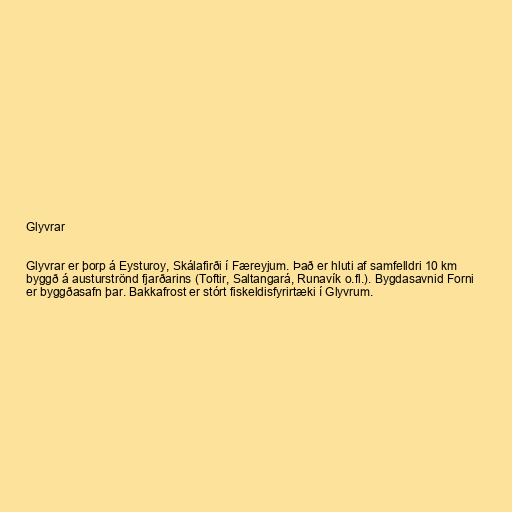
Glyvrar

Glyvrar er þorp á Eysturoy, Skálafirði í Færeyjum. Það er hluti af samfelldri 10 km
byggð á austurströnd fjarðarins (Toftir, Saltangará, Runavík o.fl.). Bygdasavnid Forni
er byggðasafn þar. Bakkafrost er stórt fiskeldisfyrirtæki í Glyvrum.